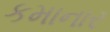
કમાનાર